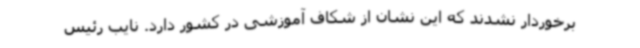
برخوردار نشدند که این نشان از شکاف آموزشی در کشور دارد. نایب رئیس